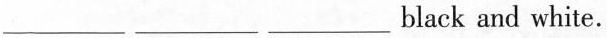
___ ___ ___ black and white.